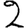
Digit: 2